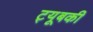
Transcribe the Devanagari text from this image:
ट्यूबकी